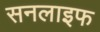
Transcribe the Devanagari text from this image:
सनलाइफ